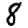
Digit: 8